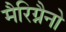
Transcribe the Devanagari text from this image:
मैरिग्नैनो